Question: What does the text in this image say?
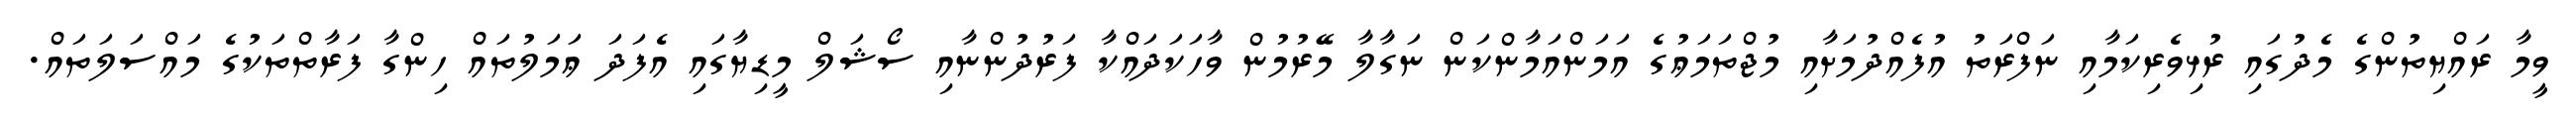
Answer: ވީމާ ރައްޔިތުންގެ މެދުގައި ރުޅިވެރިކަމާއި ނަފްރަތު އުފެއްދުމަށާއި މުޖްތަމަޢުގެ އަމަންއަމާންކަން ނަގާލާ މޭރުމުން ވާހަކަދައްކާ ފަރުދުންނާއި ސޯޝަލް މީޑިޔާގައި އެފަދަ ޢަމަލުތައް ހިންގާ ފަރާތްތަކުގެ މައްސަލަތައް.